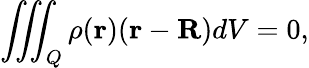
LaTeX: \iiint_{Q}\rho(\mathbf{r})(\mathbf{r}-\mathbf{R})dV=0,